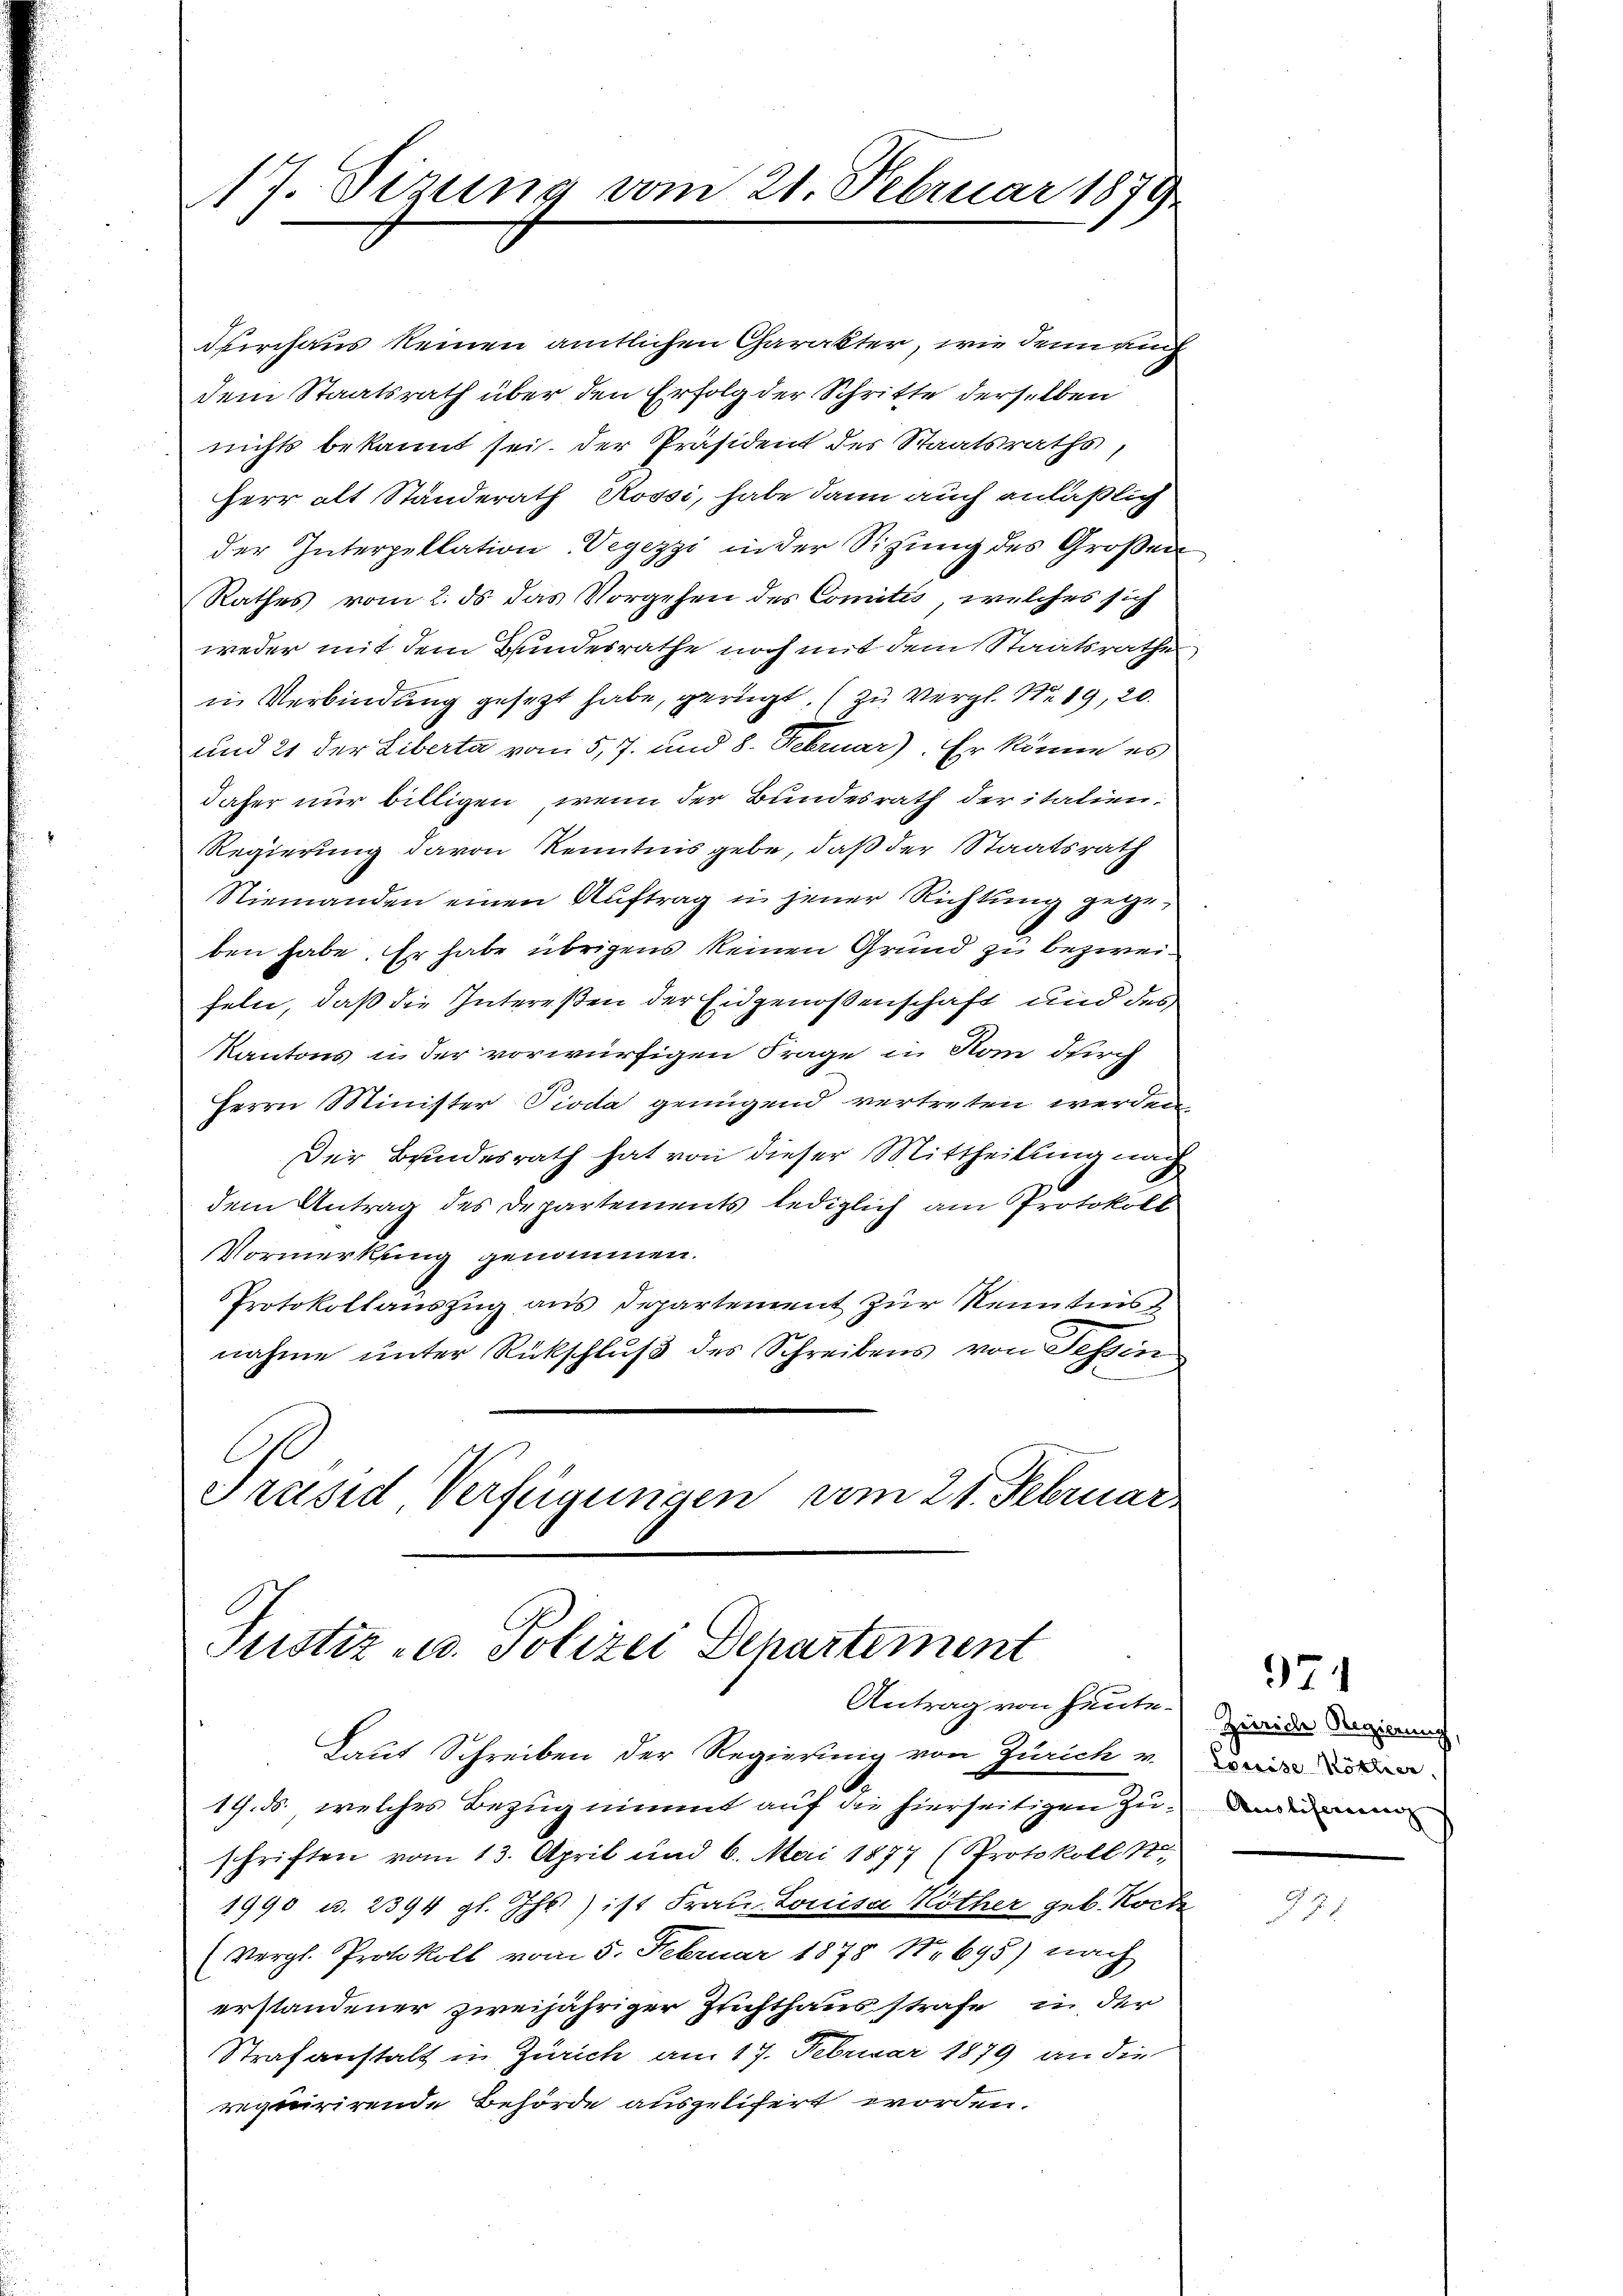
17. Sizung vom 21. Februar 1879

Durchaus keinen amtlichen Charakter, wie denn auch
dem Staatsrath über den Erfolg der Schritte derselben
nichts bekannt sei. Der Präsident des Staatsraths,
Herr alt Standerath Rossi, habe dann auch anläßlich
der Interpellation Vegezzi in der Sitzung des Großen
Rathes vom 2. ds das Vorgehen des Comités, welches sich
weder mit dem Bundesrathe noch mit dem Staatsrathes
in Verbindung gesetzt habe, gerügt. (zu Vergl. No. 19, 20.
und 21 der Liberta von 5, 7. und 8. Februar). Er könne es
daher nur billigen, wenn der Bundesrath der italien.
Regierung davon Kenntnis gebe, daß der Staatsrath
Niemanden einen Aŭftrag u. jener Richtŭng gege-
ben habe. Er habe übrigens keinen Grund zu bezweifeln, daß die Intereßen der Eidgenoßenschaft und der
Kantons in der vorwürfigen Frage in Rom durch
Herrn Minister Pioda genügend vertreten werden.
Der Bundesrath hat von dieser Mittheilung nach
dem Antrag des Departements lediglich am Protokoll
Vormerkung genommen.
Protokollauszug aus Departement zur Kenntnis
nahme unter Rückschluß des Schreibens von Tessin.
Präsid Verfügungen vom 21. Februar

Justiz u. Polizei Dehartement
Antrag von heute.) Zweide Regierung,

Laut Schreiben der Regierung von Zürich v.
.
19. ds., welches Bezug nimmt auf die hierseitigen Zuschriften vom 13. April und 6. Mai 1877 (Protokoll N
1990 u. 2394 gl. Ihs) ist Frau Louisa Köther geb. Roche
(Vergl. Protokoll vom 5. Februar 1878 No 695) nach
erstandener zweijähriger Zeichthausstrafe in der
Strafanstalt in Zürich am 17. Februar 1879 an die
rquirirende Behörde ausgelifert worden.

974

Coreise Rösler.